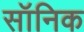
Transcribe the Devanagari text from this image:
सॉनिक